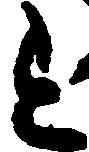
を